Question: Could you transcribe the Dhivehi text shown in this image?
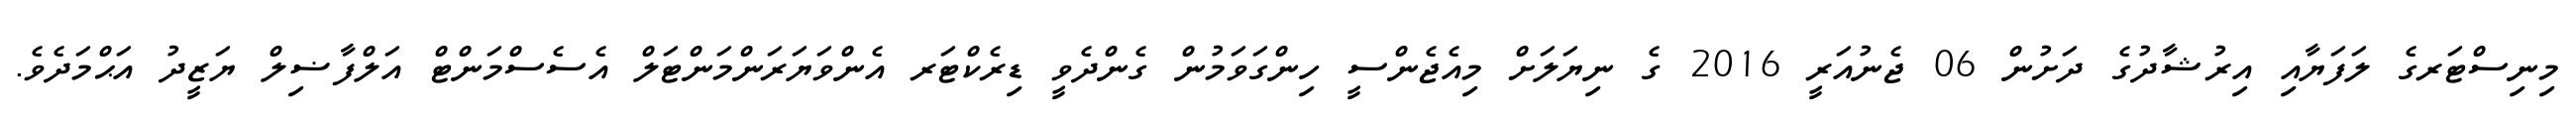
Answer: މިނިސްޓަރގެ ލަފަޔާއި އިރުޝާދުގެ ދަށުން 06 ޖެނުއަރީ 2016 ގެ ނިޔަލަށް މިއެޖެންސީ ހިންގަވަމުން ގެންދެވީ ޑިރެކްޓަރ އެންވަޔަރަންމަންޓަލް އެސެސްމަންޓް އަލްފާޟިލް ޔަޒީދު އަޙްމަދެވެ.